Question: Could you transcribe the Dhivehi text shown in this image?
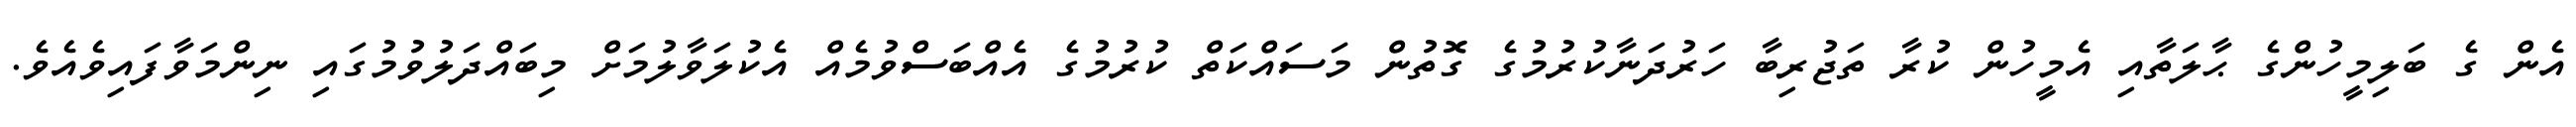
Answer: އެން ގެ ބަލިމީހުންގެ ޙާލަތާއި އެމީހުން ކުރާ ތަޖުރިބާ ހަރުދަނާކުރުމުގެ ގޮތުން މަސައްކަތް ކުރުމުގެ އެއްބަސްވުމެއް އެކުލަވާލުމަށް މިބައްދަލުވުމުގައި ނިންމަވާފައިވެއެވެ.